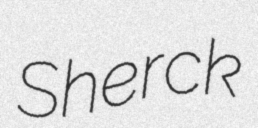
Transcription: Sherck